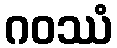
ဂဝဿံ